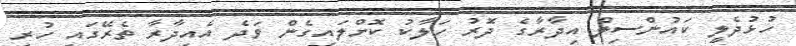
ހުޅުދެލީ ކައުންސިލް އިދާރާގެ ދޮރު ހަލާކު ކޮށްލައިގެން ވަދެ އެއިދާރާ ތެރޭގައި ހުރި